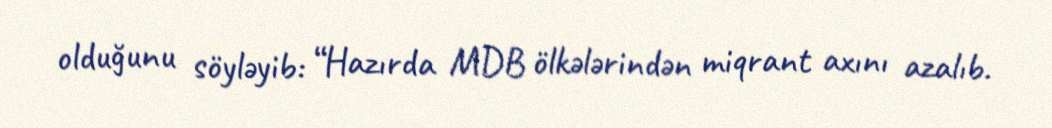
olduğunu söyləyib: “Hazırda MDB ölkələrindən miqrant axını azalıb.